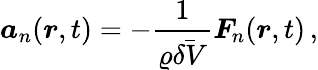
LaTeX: \boldsymbol{a}_{n}(\boldsymbol{r},t)=-\frac{1}{\varrho\bar{\delta V}}\boldsymbol{F}_{\! \; \! n}(\boldsymbol{r},t)\, ,